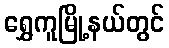
ရွှေကူမြို့နယ်တွင်